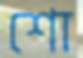
শো